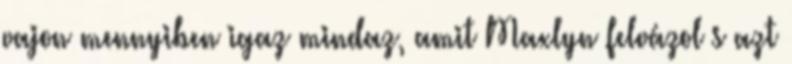
vajon mennyiben igaz mindaz, amit Maxlyn felvázol s azt